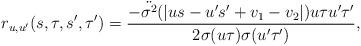
LaTeX: \begin{align*}r_{u,u'}(s,\tau,s',\tau')=\frac{-\ddot{\sigma^2}(|us-u's'+v_1-v_2|)u\tau u'\tau'}{2\sigma(u\tau)\sigma(u'\tau')},\end{align*}